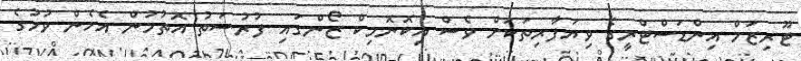
ޓޫރިޒަމް އިންޑަސްޓްރީގެ ވިޔަފާރިތަކަށް ވެސް އިކޮނޮމިކް ޒޯންގައި ފުރުސަތު އޮތުމުން އެހެން ވުމުގެ